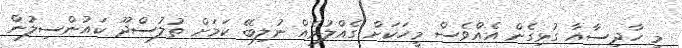
މި ހާދިސާއާ ގުޅިގެން އެއްވެސް މީހަކަށް ގެއްލުމެއް ނުލިބޭ ކަމަށް ތުލުސްދޫ ކައުންސިލުން